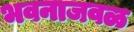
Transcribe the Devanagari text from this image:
भवनाजवळ